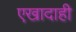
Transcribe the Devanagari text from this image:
एखादाही